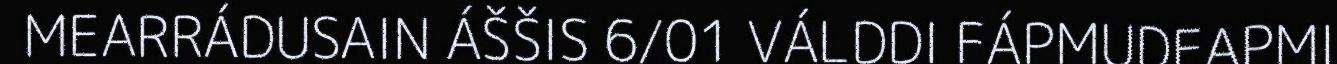
MEARRÁDUSAIN ÁŠŠIS 6/01 VÁLDDI FÁPMUDEAPMI